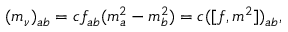
( m _ { \nu } ) _ { a b } = c f _ { a b } ( m _ { a } ^ { 2 } - m _ { b } ^ { 2 } ) = c ( [ f , m ^ { 2 } ] ) _ { a b } ,